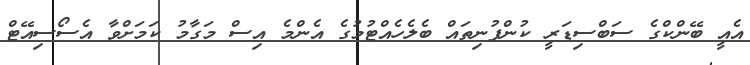
އެއީ ބޭންކްގެ ސަބްސިޑަރީ ކުންފުނިތައް ބެލެހެއްޓުމުގެ އެންމެ އިސް މަގާމު ކަމަށްވާ އެސޯސިއޭޓް